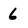
Character: 6